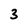
Character: 3